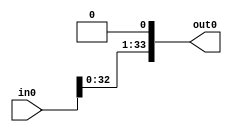
module MultDivid_divisor_multiplier_posTwo(in0,out0);
    input [33:0] in0;
    output [33:0] out0;

	 assign out0 = in0  << 1;

endmodule